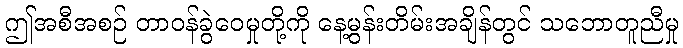
ဤအစီအစဉ် တာဝန်ခွဲဝေမှုတို့ကို နေ့မွန်းတိမ်းအချိန်တွင် သဘောတူညီမှု